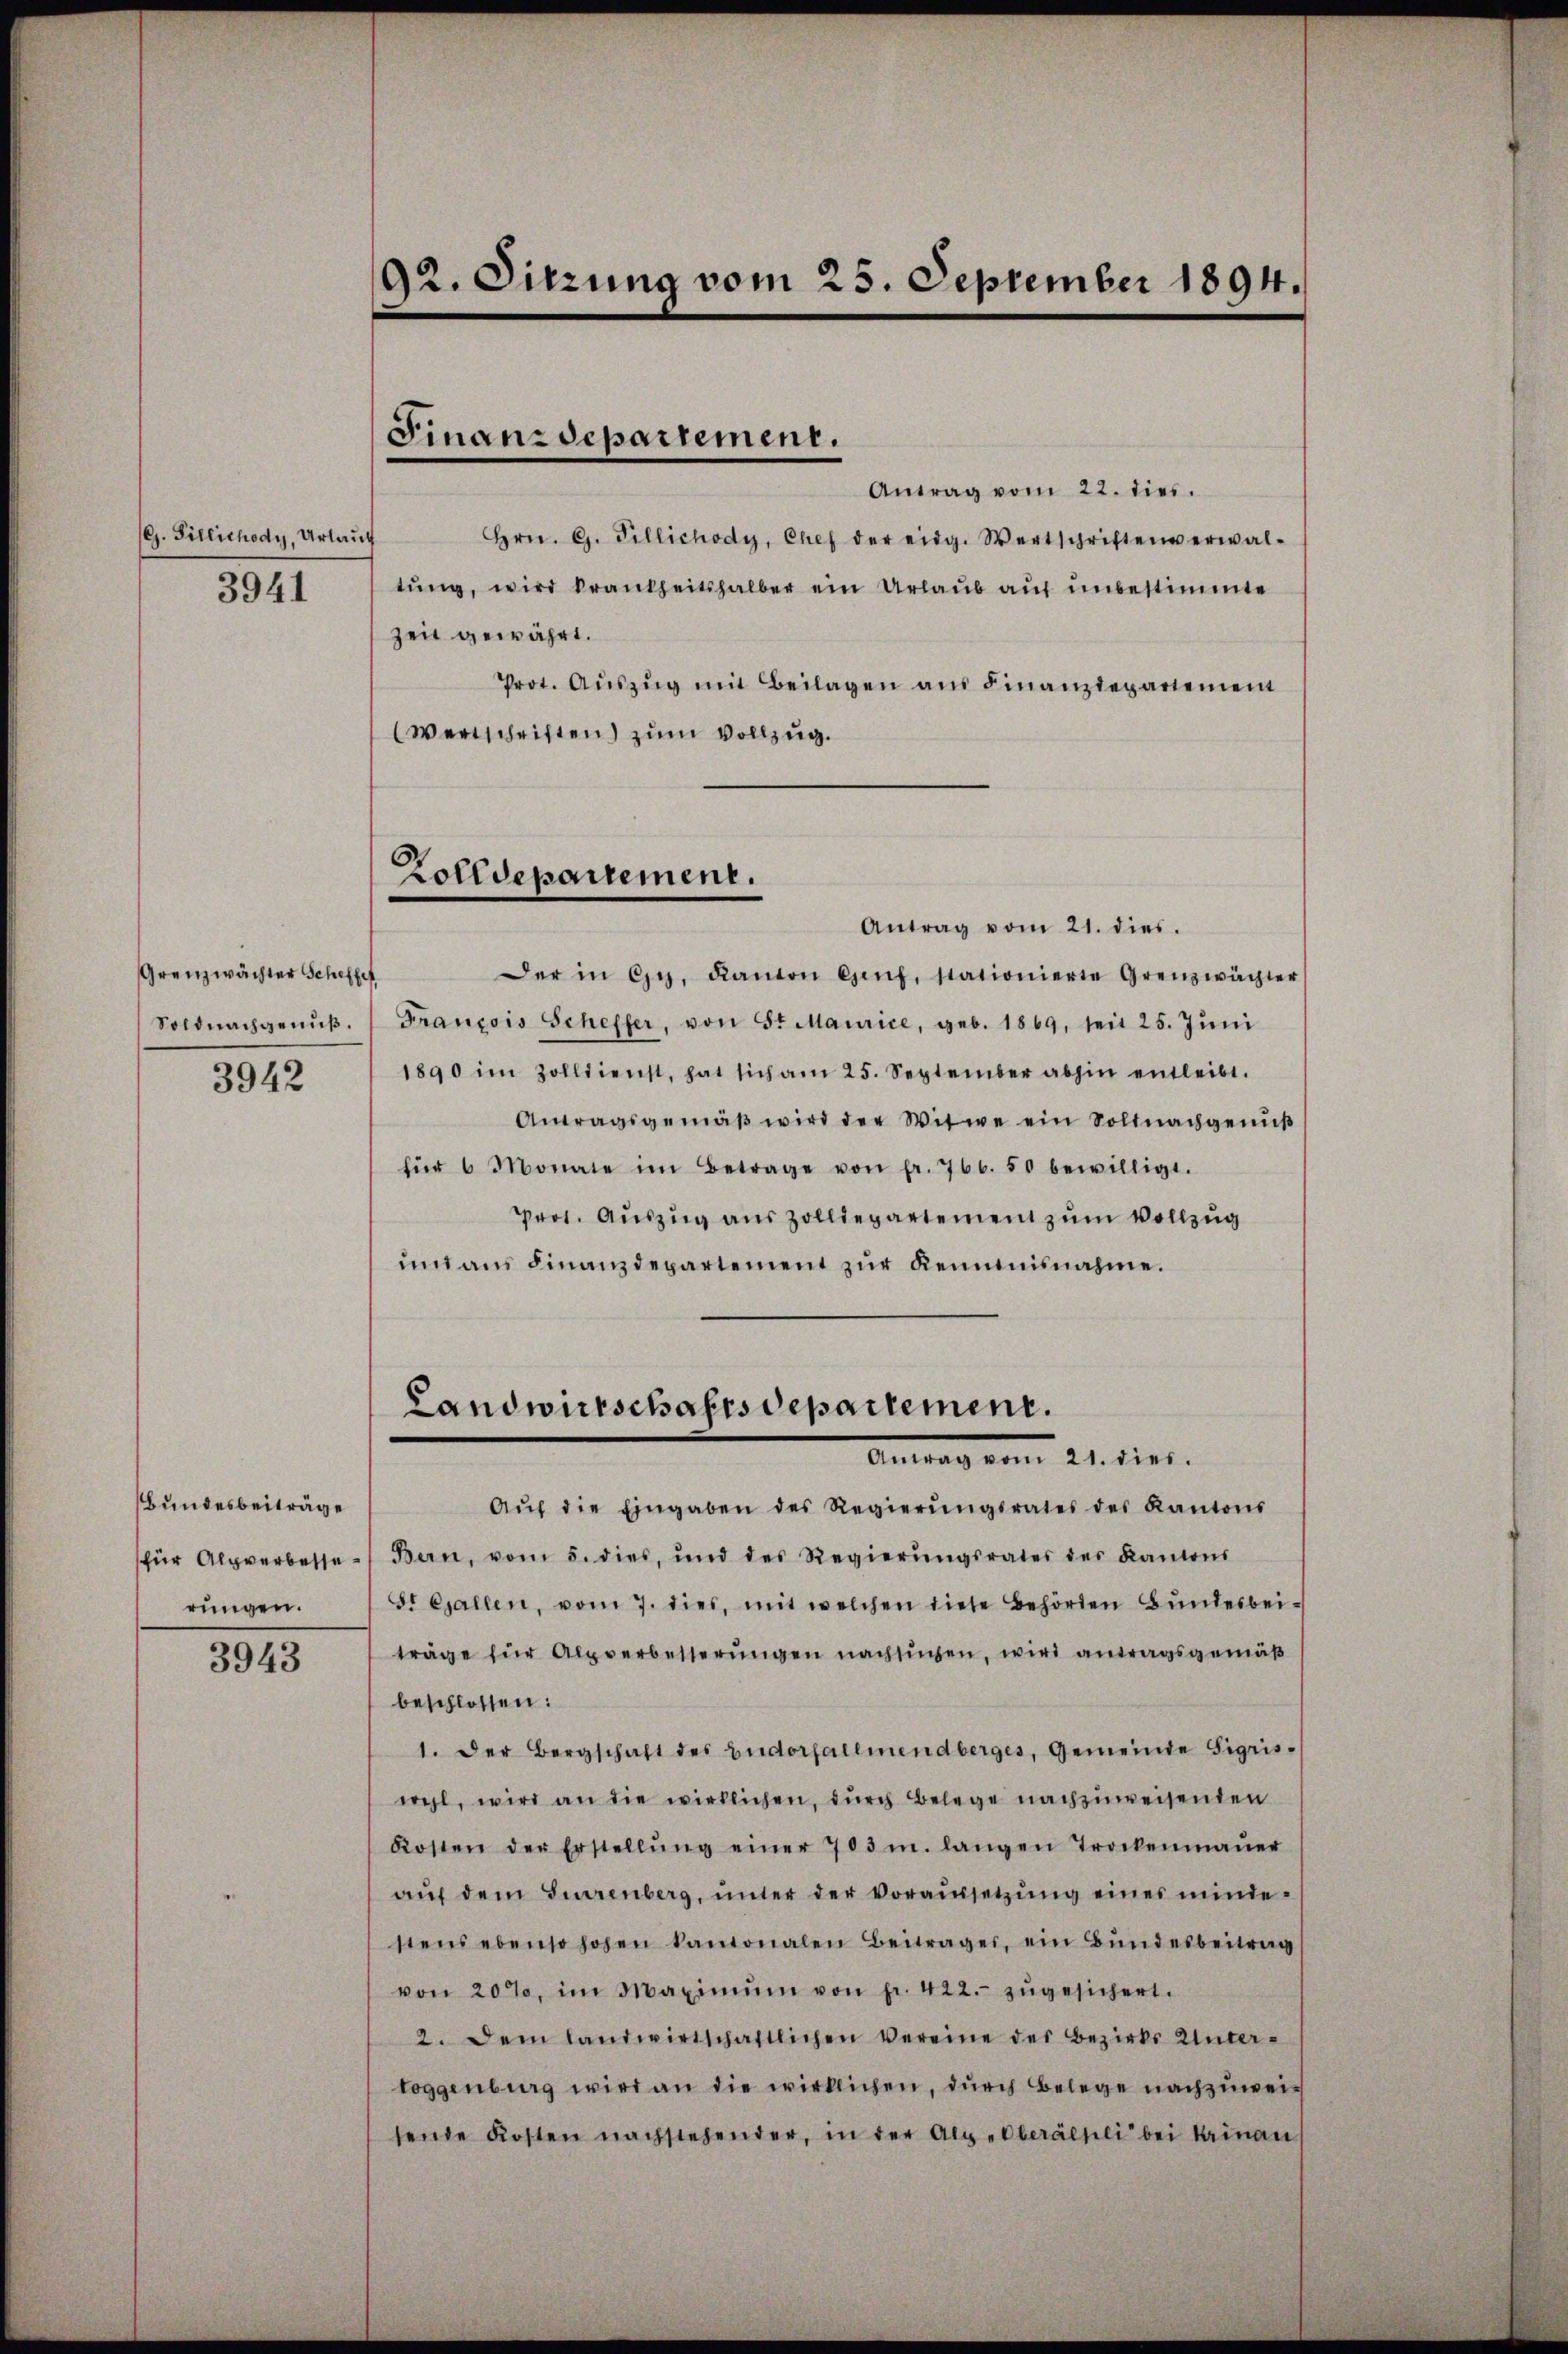
(G. Fillichody, Urlauf
3941

Grenzwächter Scheffe
Soldnachgenuß.
3942

Bundesbeiträge
rungen.

3943

92. Sitzung vom 25. September 1894.

Finanzdepartement.

Antrag vom 22. dies.
Hrn. G. Tillichody, Chef der eidg. Wertschriften erwal-
tŭng, wird krankheitshalber ein Urlaub auf unbestimmte
Zeit gewährt.
Prot. Aŭszŭg mit Beilagen aus Finanzdepartement
Wertschriften) zum Vollzug.

Zolldepartement.

Antrag vom 21. dies.
Der in Gy, Kanton Genf, stationierte Grenzwächter
François Scheffer, von St. Maurice, geb. 1869, seit 25. Jŭni
1890 im Zolldienst, hat sich am 25. September abhin entleibt.
Antragsgemäβ wird der Witwe ein Soldnachgenŭβ
für 6 Monate im Betrage von fr. 766. 50 bewilligt.
Prot. Auszug aus Zolldepartement zum Vollzug
ŭnd ans Finanzdepartement zŭr Kenntnisnahme.

Landwirtschaftsdepartement.
Antrag vom 21. dies.

Aŭf die Eingaben des Regierŭngsrates des Kantons
sfür Alpverbesse Bern, vom 5. dies, und des Regierŭngsrates des Kantons
St Gallen, vom 7. dies, mit welchen diese Behörden Bŭndesbeiträge für Alpverbesserŭngen nachsichen, wird antragsgemäß
beschlossen:
1. Der Bergschaft des Budorfallmendberges, Gemeinde Sigriswehl, wird an die wirklichen, durch Belege nachzuweisenden
Kosten der Erstellŭng einer 703 m. langen Trockenmaŭer
aŭf dem Furrenberg, ŭnter der Voraussetzŭng eines minde-
stens ebenso hohen kantonalen Beitrages, ein Bŭndesbeitrag
von 20%, im Maximŭm von fr. 422.- zŭgesichert.
2. Dem landwirtschaftlichen Vereine des Bezirks Unter-
toggenburg wird an die wirklichen, durch Belege nachzuweisende Kosten nachstehender, in der Alp-Oberäthli bei Kainan